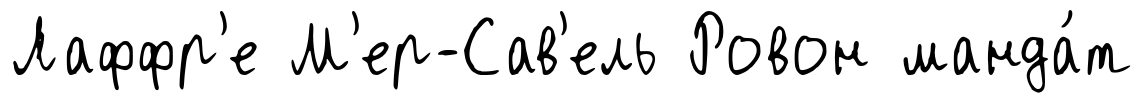
Лаффр'е М'ер-Сав'ель Ровон манда́т